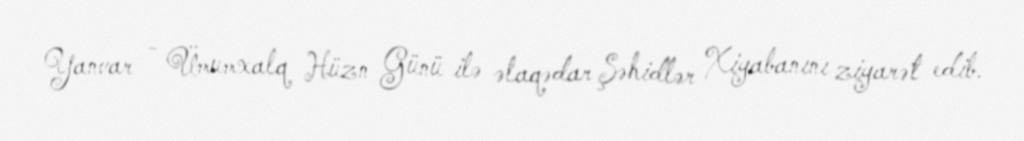
Yanvar - Ümumxalq Hüzn Günü ilə əlaqədar Şəhidlər Xiyabanını ziyarət edib.